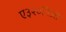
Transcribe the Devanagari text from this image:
ए३२०निओ